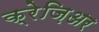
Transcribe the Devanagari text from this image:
क्रेज़िअर